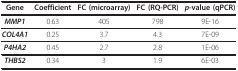
| Gene | Coefficient | FC (microarray) | FC (RQ-PCR) | p-value (qPCR) |
 | --- | --- | --- | --- | --- |
 | MMP1 | 0.63 | 405 | 798 | 9E-16 |
 | COL4A1 | 0.25 | 3.7 | 4.3 | 7E-09 |
 | P4HA2 | 0.45 | 2.7 | 2.8 | 1E-06 |
 | THBS2 | 0.34 | 3 | 1.9 | 6E-03 |